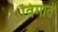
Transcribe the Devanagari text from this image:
विमाते